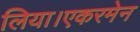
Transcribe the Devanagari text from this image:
लिया।एकरमेन